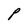
Character: P